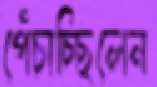
পেঁচাচ্ছিলেন